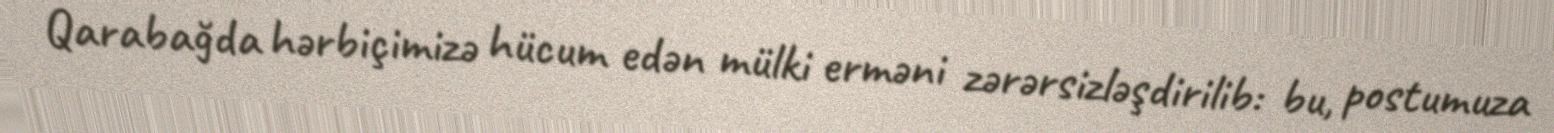
Qarabağda hərbiçimizə hücum edən mülki erməni zərərsizləşdirilib: bu, postumuza